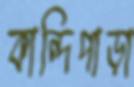
কান্দিপাড়া